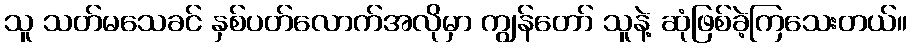
သူ သတ်မသေခင် နှစ်ပတ်လောက်အလိုမှာ ကျွန်တော် သူနဲ့ ဆုံဖြစ်ခဲ့ကြသေးတယ်။